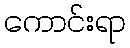
ကောင်းရာ